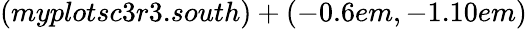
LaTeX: (myplotsc3r3.south)+(-0.6em,-1.10em)